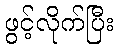
ဖွင့်လိုက်ပြီး